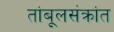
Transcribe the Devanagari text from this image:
तांबूलसंक्रांत